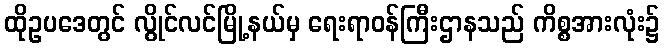
ထိုဥပဒေတွင် လွိုင်လင်မြို့နယ်မှ ရေးရာဝန်ကြီးဌာနသည် ကိစ္စအားလုံး၌